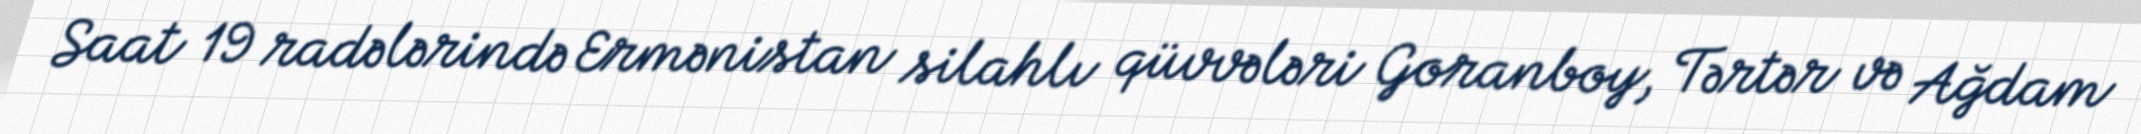
Saat 19 radələrində Ermənistan silahlı qüvvələri Goranboy, Tərtər və Ağdam